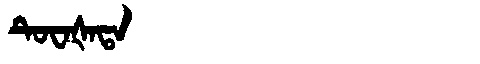
Manchu: ᡨᡠᠸᠠᡧᠠᡨᠠ
Romanization: TUWAŠATA